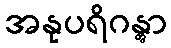
အနုပရိဂန္တွာ